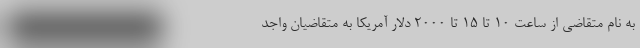
به نام متقاضی از ساعت ۱۰ تا ۱۵ تا ۲۰۰۰ دلار آمریکا به متقاضیان واجد